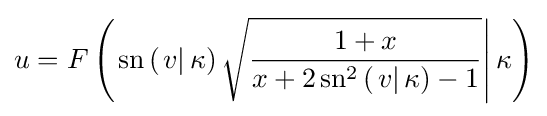
u=F\left(\left.\operatorname {sn} \left(\left.v\right|\kappa \right){\sqrt {\dfrac {1+x}{x+2\operatorname {sn} ^{2}\left(\left.v\right|\kappa \right)-1}}}\right|\kappa \right)